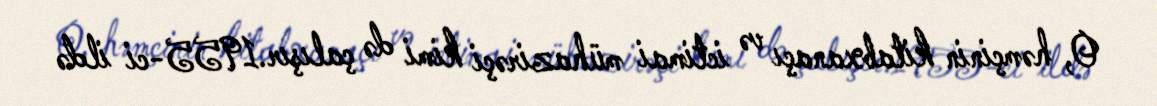
O, həmçinin kitabxanaçı və ictimai mühazirəçi kimi də çalışır.1955-ci ildə